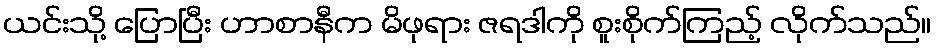
ယင်းသို့ ပြောပြီး ဟာစာနီက မိဖုရား ဇရဒါကို စူးစိုက်ကြည့် လိုက်သည်။